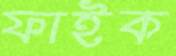
ফাইক